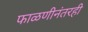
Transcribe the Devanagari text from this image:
फाळणीनंतरही